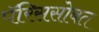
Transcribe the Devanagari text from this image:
पॅरिससोबत